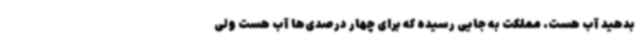
بدهید آب هست. مملکت به جایی رسیده که برای چهار درصدی‌ها آب هست ولی